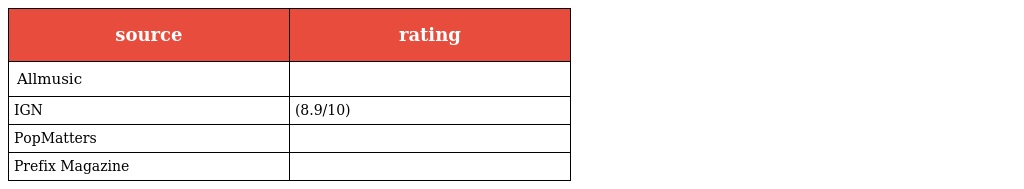
| source | rating |
 | --- | --- |
 | Allmusic |  |
 | IGN | (8.9/10) |
 | PopMatters |  |
 | Prefix Magazine |  |